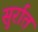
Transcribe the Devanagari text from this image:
सुर्रात